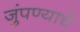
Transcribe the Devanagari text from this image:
जुंपण्याचे